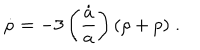
\dot { \rho } = - 3 \left( { \frac { \dot { a } } { a } } \right) ( \rho + p ) \; .